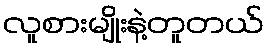
လူစားမျိုးနဲ့တူတယ်